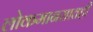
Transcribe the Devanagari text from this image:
लोकमानसातही